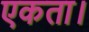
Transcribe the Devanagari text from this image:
एकता।